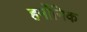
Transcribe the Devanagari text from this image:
हर्मोनिक